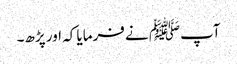
آپﷺ نے فرمایا کہ اور پڑھ۔